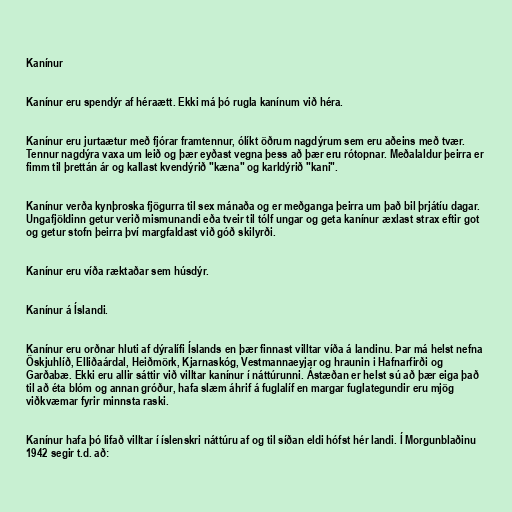
Kanínur

Kanínur eru spendýr af héraætt. Ekki má þó rugla kanínum við héra.

Kanínur eru jurtaætur með fjórar framtennur, ólíkt öðrum nagdýrum sem eru aðeins með tvær.
Tennur nagdýra vaxa um leið og þær eyðast vegna þess að þær eru rótopnar. Meðalaldur þeirra er
fimm til þrettán ár og kallast kvendýrið "kæna" og karldýrið "kani".

Kanínur verða kynþroska fjögurra til sex mánaða og er meðganga þeirra um það bil þrjátíu dagar.
Ungafjöldinn getur verið mismunandi eða tveir til tólf ungar og geta kanínur æxlast strax eftir got
og getur stofn þeirra því margfaldast við góð skilyrði.

Kanínur eru víða ræktaðar sem húsdýr.

Kanínur á Íslandi.

Kanínur eru orðnar hluti af dýralífi Íslands en þær finnast villtar víða á landinu. Þar má helst nefna
Öskjuhlíð, Elliðaárdal, Heiðmörk, Kjarnaskóg, Vestmannaeyjar og hraunin i Hafnarfirði og
Garðabæ. Ekki eru allir sáttir við villtar kanínur í náttúrunni. Ástæðan er helst sú að þær eiga það
til að éta blóm og annan gróður, hafa slæm áhrif á fuglalíf en margar fuglategundir eru mjög
viðkvæmar fyrir minnsta raski.

Kanínur hafa þó lifað villtar í íslenskri náttúru af og til síðan eldi hófst hér landi. Í Morgunblaðinu
1942 segir t.d. að: